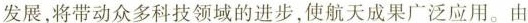
发展，将带动众多科技领域的进步，使航天成果广泛应用。由